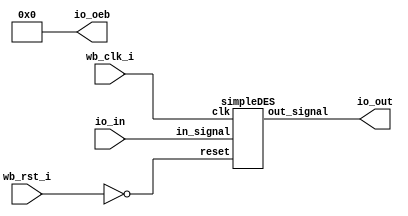

/*
    Byte Benders Final Project
    12/10/23
    Final project for CSE 30342
*/

module user_proj_example #(
    parameter BITS = 16
)(
`ifdef USE_POWER_PINS
    inout vdd,	// User area 1 1.8V supply
    inout vss,	// User area 1 digital ground
`endif

    // Wishbone Slave ports (WB MI A)
    input wb_clk_i,
    input wb_rst_i,

    // IOs
    input  [BITS-1:0] io_in,
    output [7:0] io_out,
    output [7:0] io_oeb
);
    wire clk = wb_clk_i;
    wire rst = !wb_rst_i;

    // outputs are always on
    assign io_oeb = 1'b0;

    // wires to output
    wire [7:0] des_out;

    simpleDES des ( .clk(clk),
                    .reset(rst),
                    .in_signal(io_in),
                    .out_signal(des_out));

    // map wires to io_out
    assign io_out = des_out;


endmodule

module simpleDES (input  clk, reset,
                  input  [15:0] in_signal,
                  output [7:0] out_signal);

  wire read_en, key_en, encrypt_en, do_read;

  controller control (clk, reset, do_read, read_en, key_en, encrypt_en);
  datapath dp (clk, reset, read_en, key_en, encrypt_en, in_signal, out_signal, do_read);



endmodule



module controller (input     clk, reset,
                    input do_read,
                   output reg read_en, key_en, encrypt_en);
  localparam IDLE=3'b000, READ=3'b001, KEYGEN=3'b010, ENCRYPT=3'b011, DONE=3'b100;
  reg [2:0] state, nstate;

  always @*
    case (state)
      IDLE: nstate = do_read? READ: IDLE;
      READ: nstate = KEYGEN;
      KEYGEN: nstate = ENCRYPT;
      ENCRYPT: nstate = DONE;
      DONE: nstate = IDLE;
    endcase


  always @ (posedge clk)
    if (reset)
      state <= IDLE;
    else
      begin
        state <= nstate;
        case (nstate)
          IDLE: {read_en, key_en, encrypt_en} = 3'b000;
          READ: {read_en, key_en, encrypt_en} = 3'b100;
          KEYGEN: {read_en, key_en, encrypt_en} = 3'b010;
          ENCRYPT: {read_en, key_en, encrypt_en} = 3'b001;
          DONE: {read_en, key_en, encrypt_en} = 3'b000;
        endcase
      end

  

endmodule


module datapath(input    clk, reset,
                input read_en, key_en, encrypt_en,
                input [15:0] input_data,
                output [7:0] ciphertext,
                output do_read);

    wire [7:0] plaintextToEncrypt;
    wire [7:0] keyToKeygen;
    wire [9:0] fullKey;
    wire [15:0] keysOutput;
    wire [7:0] key1ToEncrypt;
    wire [7:0] key2ToEncrypt;
    wire [7:0] encryptOutput;

    assign fullKey[9] = 1;
    assign fullKey[8] = 1;
    assign fullKey[7:0] = keyToKeygen;
    
    assign do_read = ((plaintextToEncrypt == input_data[7:0] && keyToKeygen == input_data[15:8]) || reset);

    flopenr plaintext (clk, reset, read_en, input_data[7:0], plaintextToEncrypt);
    flopenr key_input (clk, reset, read_en, input_data[15:8], keyToKeygen);

    keygen key (fullKey, keysOutput);

    flopenr key1 (clk, reset, key_en, keysOutput[15:8], key1ToEncrypt);
    flopenr key2 (clk, reset, key_en, keysOutput[7:0], key2ToEncrypt);

    encrypt enc (plaintextToEncrypt, key1ToEncrypt, key2ToEncrypt, encryptOutput);

    flopenr encrypted (clk, reset, encrypt_en, encryptOutput, ciphertext);

endmodule


module flopenr (input               clk, reset, en,
                 input   [7:0] d, 
                 output  reg [7:0] q);
 
  always @(posedge clk)
    if      (reset) q <= 0;
    else if (en)    q <= d;
endmodule



// key gen module
module keygen (input  [9:0] in,
                      output  [15:0] out);

  wire [9:0] p10_out;
  wire [9:0] shift_out1;
  wire [9:0] shift_out2;


  permutation10 perm10 (in, p10_out);
  shift shift1 (p10_out, shift_out1);
  permutation8 perm1 (shift_out1, out[7:0]);
  shift shift2 (shift_out1, shift_out2);
  permutation8 perm2 (shift_out2, out[15:8]);

endmodule

// encyrption module

module encrypt (input  [7:0] in,
                input  [7:0] key1,
                input  [7:0] key2,
                output  [7:0] out);

  wire [3:0] IP_out_upper;
  wire [3:0] IP_out_lower;
  wire [7:0] expansion1_out;
  wire [3:0] xor1_out_upper;
  wire [3:0] perm4_out1;
  wire [3:0] xor2_out;
  wire [7:0] expansion2_out;
  wire [3:0] xor3_out_upper;
  wire [3:0] perm4_out2;
  wire [3:0] xor4_out;

  permutationI permI (in, IP_out_upper, IP_out_lower);

  expansion expan_1 (IP_out_lower, expansion1_out);
  xor8to4 x8_1 (expansion1_out, key1, xor1_out_upper);
  permutation4 perm4_1 (xor1_out_upper, perm4_out1);
  xor4 x4_1 (perm4_out1, IP_out_upper, xor2_out);

  expansion expan_2 (xor2_out, expansion2_out);
  xor8to4 x8_2 (expansion2_out, key2, xor3_out_upper);
  permutation4 perm4_2 (xor3_out_upper, perm4_out2);
  xor4 x4_2 (perm4_out2, IP_out_lower, xor4_out);

  permutationIP permIP (xor4_out, xor2_out, out);


endmodule


// shift module
module shift (input  [9:0] in,
                      output  [9:0] out);

  assign out[0] = in[1];
  assign out[1] = in[2];
  assign out[2] = in[3];
  assign out[3] = in[4];
  assign out[4] = in[5];
  assign out[5] = in[6];
  assign out[6] = in[7];
  assign out[7] = in[8];
  assign out[8] = in[9];
  assign out[9] = in[0];



endmodule

// expansion module
module expansion (input  [3:0] in,
                      output  [7:0] out);

  assign out[0] = 1;
  assign out[1] = 0;
  assign out[2] = 1;
  assign out[3] = 0;
  assign out[4] = in[2];
  assign out[5] = in[1];
  assign out[6] = in[3];
  assign out[7] = in[0];


endmodule

// permutation module
module permutation10 (input  [9:0] in,
                      output  [9:0] out);

  assign out[0] = in[2];
  assign out[1] = in[4];
  assign out[2] = in[1];
  assign out[3] = in[6];
  assign out[4] = in[3];
  assign out[5] = in[9];
  assign out[6] = in[0];
  assign out[7] = in[8];
  assign out[8] = in[7];
  assign out[9] = in[5];

endmodule

module permutation8 (input  [9:0] in,
                      output  [7:0] out);

  assign out[0] = in[5];
  assign out[1] = in[2];
  assign out[2] = in[6];
  assign out[3] = in[3];
  assign out[4] = in[7];
  assign out[5] = in[4];
  assign out[6] = in[9];
  assign out[7] = in[8];


endmodule

module permutationI (input  [7:0] in,
                      output  [3:0] out_upper,
                      output  [3:0] out_lower);

  assign out_lower[0] = in[5];
  assign out_lower[1] = in[5];
  assign out_lower[2] = in[2];
  assign out_lower[3] = in[0];
  assign out_upper[0] = in[3];
  assign out_upper[1] = in[7];
  assign out_upper[2] = in[4];
  assign out_upper[3] = in[6];


endmodule

module permutationIP (input  [3:0] in1,
                      input  [3:0] in2,
                      output  [7:0] out);

  assign out[0] = in2[0];
  assign out[1] = in1[0];
  assign out[2] = in1[2];
  assign out[3] = in2[0];
  assign out[4] = in2[2];
  assign out[5] = in1[1];
  assign out[6] = in2[3];
  assign out[7] = in2[1];


endmodule

module permutation4 (input  [3:0] in,
                      output  [3:0] out);

  assign out[0] = in[2];
  assign out[1] = in[1];
  assign out[2] = in[3];
  assign out[3] = in[0];


endmodule

module xor8to4 (input  [7:0] in1,
              input  [7:0] in2,
                      output  [3:0] out);

  assign out[0] = in1[0] ^ in2[0];
  assign out[1] = in1[1] ^ in2[1];
  assign out[2] = in1[2] ^ in2[2];
  assign out[3] = in1[3] ^ in2[3];


endmodule

module xor4 (input  [3:0] in1,
              input  [3:0] in2,
                      output  [3:0] out);

  assign out = in1 ^ in2;


endmodule

`default_nettype wire